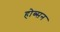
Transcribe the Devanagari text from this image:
होब्सन